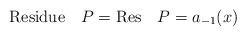
LaTeX: \begin{align*}{\rm Residue}\quad P = {\rm Res}\quad P = a_{-1} (x)\end{align*}